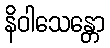
နိဝါသေန္တော